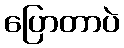
ပြောတာပဲ